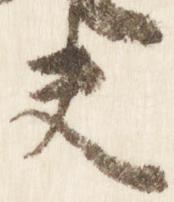
夫